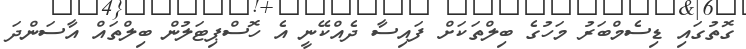
ގޮތުގައި ޑިސެމްބަރު މަހުގެ ބިލްތަކަށް ފައިސާ ދެއްކޭނީ އެ ހޮސްޕިޓަލުން ބިލްތައް އާސަންދަ